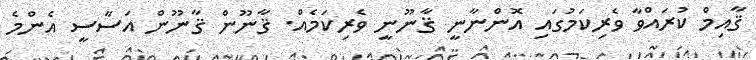
ޤާއިމް ކުރައްވާ ވެރިކަމުގައި އޮންނާނީ ޤާނޫނީ ވެރިކަމެއް. ޤާނޫން ޤާނޫން އަސާސީ އެންމެ